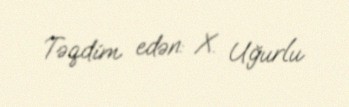
Təqdim edən: X. Uğurlu